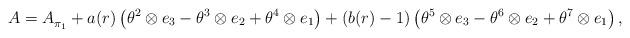
LaTeX: \begin{align*} A=A^{}_{\pi_{1}}+a(r)\left(\theta^{2}\otimes e_{3}-\theta^{3}\otimes e_{2}+\theta^{4}\otimes e_{1}\right)+\left(b(r)-1\right)\left(\theta^{5}\otimes e_{3}-\theta^{6}\otimes e_{2}+\theta^{7}\otimes e_{1}\right),\end{align*}